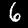
Label: 6